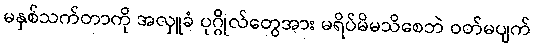
မနှစ်သက်တာကို အလှူခံ ပုဂ္ဂိုလ်တွေအား မရိပ်မိမသိစေဘဲ ဝတ်မပျက်